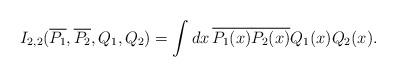
LaTeX: \begin{align*}I_{2,2}(\overline{P_1},\overline{P_2}, Q_1, Q_2) =\int dx\, \overline{P_1(x)} \overline{P_2(x)} Q_1(x) Q_2(x).\end{align*}